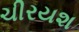
ચીરયશ